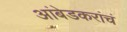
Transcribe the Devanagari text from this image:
आंबेडकरांचं